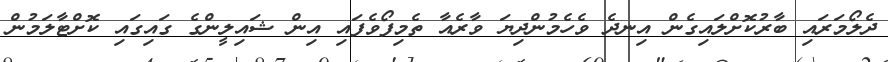
ދެލޯމަރައި ބާރުކޮށްލައިގެން އިނދެ ވެހެމުންދިޔަ ވާރެއާ ތެމިފޯވެފައި އިން ޝައިލީންގެ ގައިގައި ކޮށްޓާލަމުން